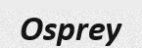
Osprey